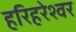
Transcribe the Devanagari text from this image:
हरिहरेश्वर